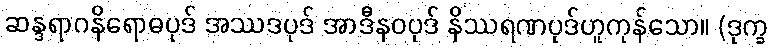
ဆန္ဒရာဂနိရောဓပုဒ် အဿဒပုဒ် အာဒီနဝပုဒ် နိဿရဏပုဒ်ဟူကုန်သော။ (ဒုက္ခ